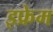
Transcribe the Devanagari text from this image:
इफ्रेम